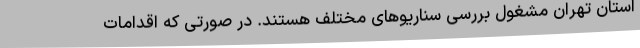
استان تهران مشغول بررسی سناریوهای مختلف هستند. در صورتی که اقدامات